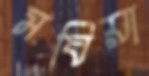
মঘিয়া